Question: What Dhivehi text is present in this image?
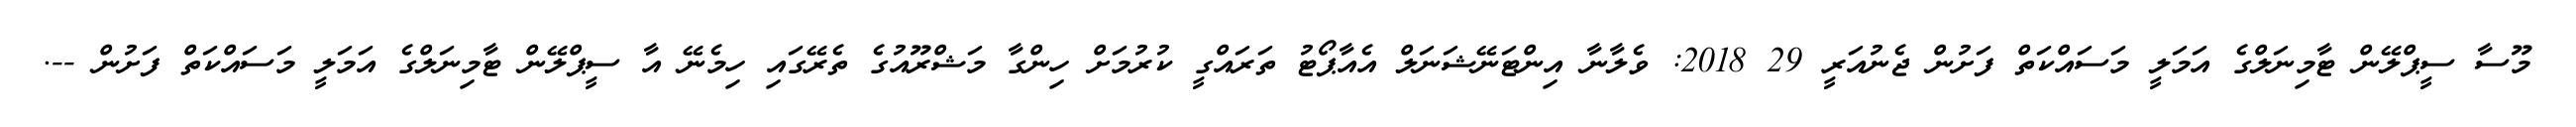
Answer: މޫސާ ސީޕްލޭން ޓާމިނަލްގެ އަމަލީ މަސައްކަތް ފަށުން ޖެނުއަރީ 29 2018: ވެލާނާ އިންޓަނޭޝަނަލް އެއާޕޯޓު ތަރައްގީ ކުރުމަށް ހިންގާ މަޝްރޫއުގެ ތެރޭގައި ހިމެނޭ އާ ސީޕްލޭން ޓާމިނަލްގެ އަމަލީ މަސައްކަތް ފަށުން --.